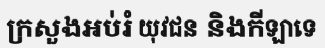
ក្រសួងអប់រំ យុវជន និងកីឡាទេ